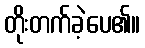
တိုးတက်ခဲ့ပေ၏။